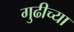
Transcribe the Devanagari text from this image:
गुढीच्या